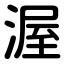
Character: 渥